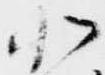
北